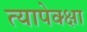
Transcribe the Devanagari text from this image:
त्यापेक्क्षा